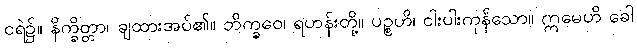
ငရဲ၌။ နိက္ခိတ္တာ၊ ချထားအပ်၏။ ဘိက္ခဝေ၊ ရဟန်းတို့။ ပဉ္စဟိ၊ ငါးပါးကုန်သော။ ဣမေဟိ ခေါ